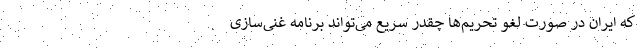
که ایران در صورت لغو تحریم‌ها چقدر سریع می‌تواند برنامه غنی‌سازی